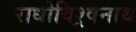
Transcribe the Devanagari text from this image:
राधोविश्र्वनाथ